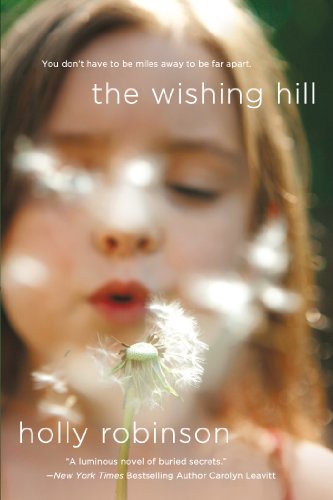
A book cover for The Wishing Hill: A Novel; Holly Robinson; Literature & Fiction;